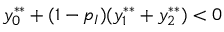
y _ { 0 } ^ { * * } + ( 1 - p _ { I } ) ( y _ { 1 } ^ { * * } + y _ { 2 } ^ { * * } ) < 0